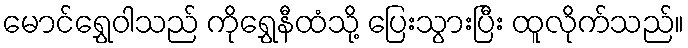
မောင်ရွှေဝါသည် ကိုရွှေနီထံသို့ ပြေးသွားပြီး ထူလိုက်သည်။